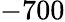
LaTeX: -700